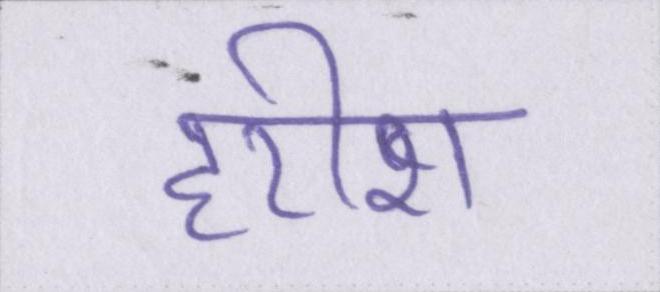
हरीश